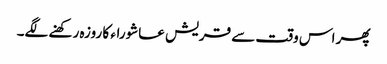
پھر اس وقت سے قریش عاشوراء کا روزہ رکھنے لگے۔